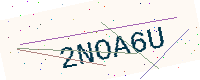
Text: 2NOA6U